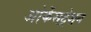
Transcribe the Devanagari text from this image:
ओर्केसट्रेशन